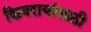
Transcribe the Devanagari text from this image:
शिवरायांसाठी